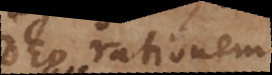
Deo rationem